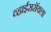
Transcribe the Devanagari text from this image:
व्हाईसरॉयला